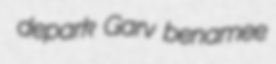
depark Garv benamee